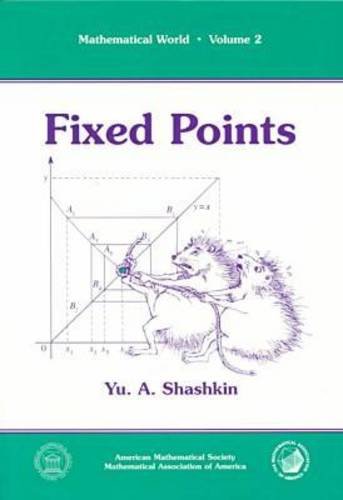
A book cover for Fixed Points (Mathematical World); Yu. A. Shashkin; Science & Math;